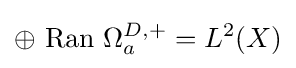
\oplus ~{\text{Ran}}~\Omega _{a}^{D,+}=L^{2}(X)